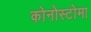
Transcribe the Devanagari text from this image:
कोनोस्टोमा